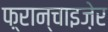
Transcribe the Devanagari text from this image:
फ़्रान्चाइज़ेर